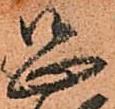
恐